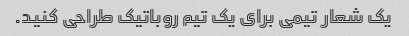
یک شعار تیمی برای یک تیم روباتیک طراحی کنید.